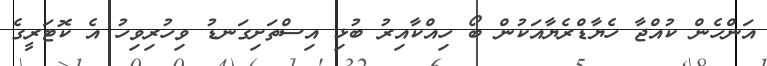
އަންހެން ކުއްޖާ ހެޔާޑްރެޔާއަކުން ބޯ ހިއްކާއިރު ބުޅި އިސްތަށިގަނޑު ވިހުރިވިހު އެ ކޮޓަރީގެ